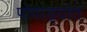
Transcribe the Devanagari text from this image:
पोवाड्यांत